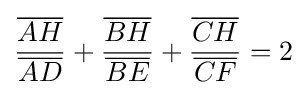
{\frac {\overline {AH}}{\overline {AD}}}+{\frac {\overline {BH}}{\overline {BE}}}+{\frac {\overline {CH}}{\overline {CF}}}=2